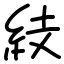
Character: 𥿔